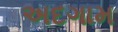
અદગામ